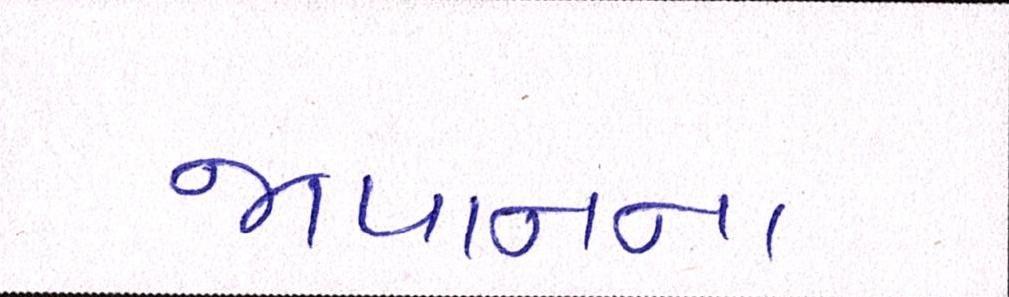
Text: જાપાનના